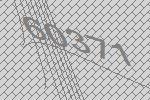
60371